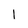
Character: 1